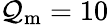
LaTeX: \mathcal{Q}_{\mathrm{{m}}}=10